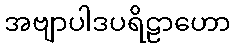
အဗျာပါဒပရိဠာဟော